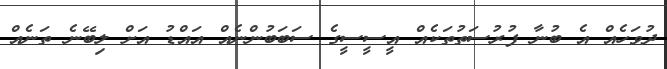
ދުވަހެއް އެ ބުނާ ފުރުސަތުތަކެއް އީސީސީގެ ސަބަބުންނެއް އައްޑު އަށް ލިބޭނެ ތަނެއް